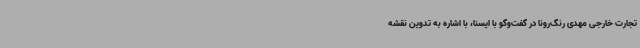
تجارت خارجی مهدی رنگ‌رونا در گفت‌وگو با ایسنا، با اشاره به تدوین نقشه